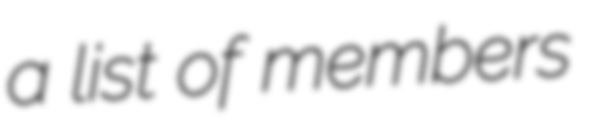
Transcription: a list of members